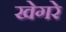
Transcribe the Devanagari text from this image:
खेगरे